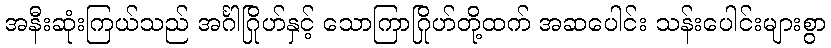
အနီးဆုံးကြယ်သည် အင်္ဂါဂြိုဟ်နှင့် သောကြာဂြိုဟ်တို့ထက် အဆပေါင်း သန်းပေါင်းများစွာ